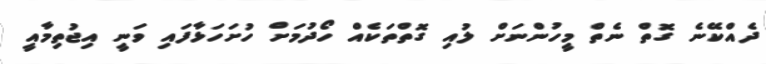
ދެއްކޭނެ ގޮތް ނެތް މީހުންނަށް ލުއި ގޮތްތަކެއް ހޯދުމަށް ހުށަހަޅާފައި ވަނީ އިޖުތިމާއީ